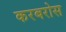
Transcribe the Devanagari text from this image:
करबरोस